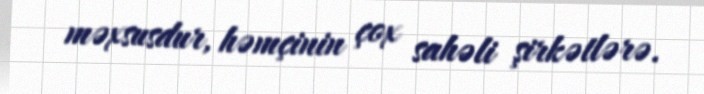
məxsusdur, həmçinin çox sahəli şirkətlərə.